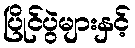
ပြိုင်ပွဲများနှင့်